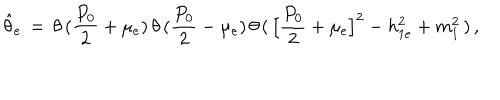
\hat { \theta } _ { e } \, = \, \theta \, ( { \frac { P _ { 0 } } { 2 } } + \mu _ { e } ) \, \theta \, ( { \frac { P _ { 0 } } { 2 } } - \mu _ { e } ) \, \theta \, ( \, \big [ { \frac { P _ { 0 } } { 2 } } + \mu _ { e } \big ] ^ { 2 } - h _ { 1 e } ^ { 2 } + m _ { 1 } ^ { 2 } \, ) \, ,